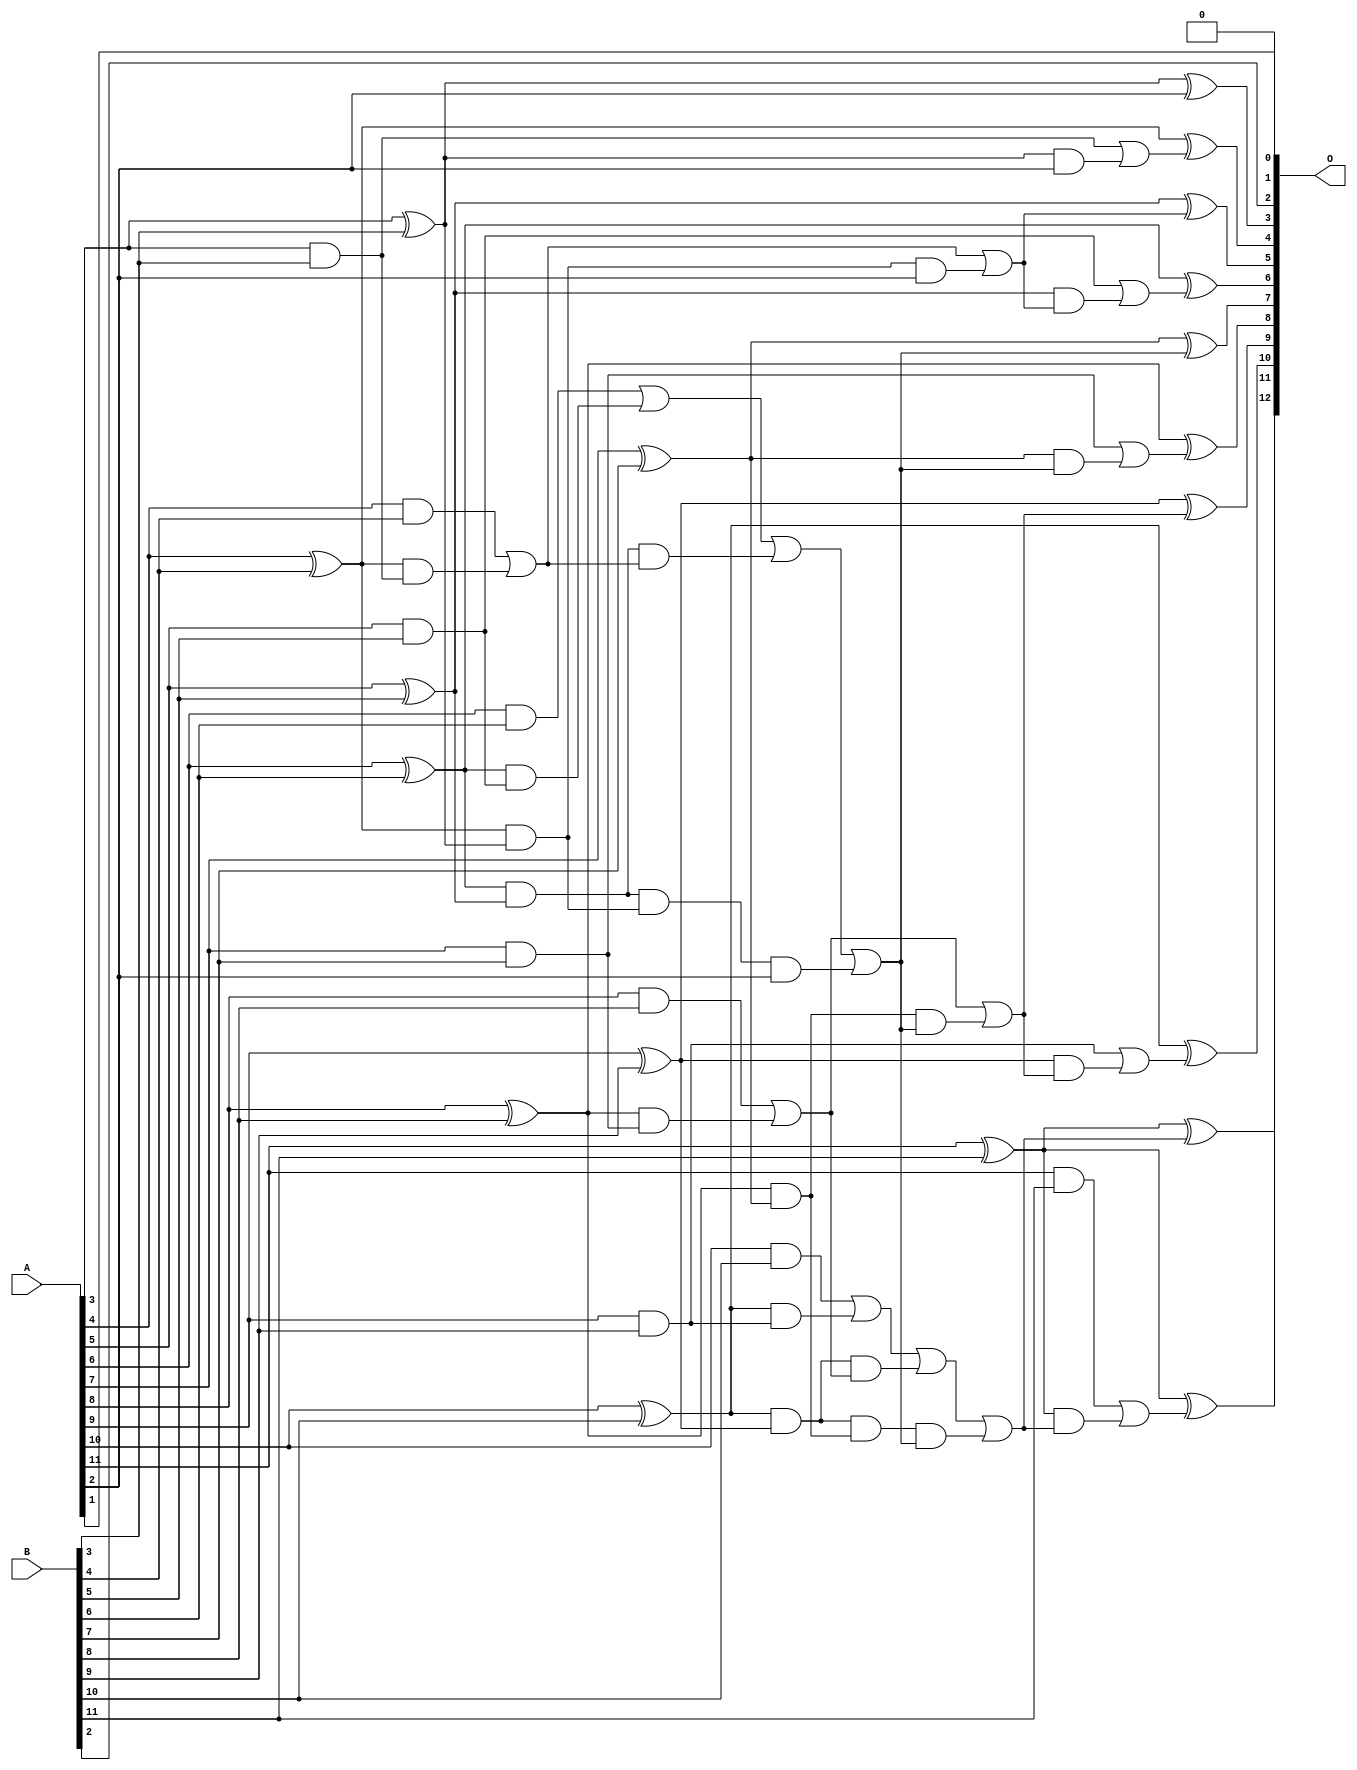
/***
* This code is a part of EvoApproxLib library (ehw.fit.vutbr.cz/approxlib) distributed under The MIT License.
* When used, please cite the following article(s): V. Mrazek, L. Sekanina, Z. Vasicek "Libraries of Approximate Circuits: Automated Design and Application in CNN Accelerators" IEEE Journal on Emerging and Selected Topics in Circuits and Systems, Vol 10, No 4, 2020 
* This file contains a circuit from a sub-set of pareto optimal circuits with respect to the pwr and wce parameters
***/
// MAE% = 0.049 %
// MAE = 2.0 
// WCE% = 0.098 %
// WCE = 4.0 
// WCRE% = 300.00 %
// EP% = 87.50 %
// MRE% = 0.77 %
// MSE = 5.5 
// PDK45_PWR = 0.043 mW
// PDK45_AREA = 84.5 um2
// PDK45_DELAY = 0.76 ns

module add12se_59E (
    A,
    B,
    O
);

input [11:0] A;
input [11:0] B;
output [12:0] O;

wire sig_30,sig_31,sig_32,sig_33,sig_34,sig_35,sig_36,sig_37,sig_38,sig_39,sig_40,sig_41,sig_42,sig_43,sig_44,sig_45,sig_46,sig_47,sig_48,sig_52;
wire sig_53,sig_54,sig_55,sig_56,sig_57,sig_58,sig_59,sig_60,sig_61,sig_62,sig_63,sig_66,sig_67,sig_68,sig_69,sig_70,sig_71,sig_72,sig_73,sig_74;
wire sig_75,sig_76,sig_77,sig_78,sig_79,sig_82,sig_83,sig_84,sig_85,sig_86,sig_87,sig_88,sig_89,sig_90,sig_91,sig_94,sig_95,sig_96,sig_97,sig_98;
wire sig_99,sig_100,sig_101,sig_102,sig_103;

assign sig_30 = A[3] & B[3];
assign sig_31 = A[3] ^ B[3];
assign sig_32 = A[4] & B[4];
assign sig_33 = A[4] ^ B[4];
assign sig_34 = A[5] & B[5];
assign sig_35 = A[5] ^ B[5];
assign sig_36 = A[6] & B[6];
assign sig_37 = A[6] ^ B[6];
assign sig_38 = A[7] & B[7];
assign sig_39 = A[7] ^ B[7];
assign sig_40 = A[8] & B[8];
assign sig_41 = A[8] ^ B[8];
assign sig_42 = A[9] & B[9];
assign sig_43 = A[9] ^ B[9];
assign sig_44 = A[10] & B[10];
assign sig_45 = A[10] ^ B[10];
assign sig_46 = A[11] & B[11];
assign sig_47 = A[11] ^ B[11];
assign sig_48 = A[11] ^ B[11];
assign sig_52 = sig_33 & sig_30;
assign sig_53 = sig_33 & sig_31;
assign sig_54 = sig_32 | sig_52;
assign sig_55 = sig_37 & sig_34;
assign sig_56 = sig_37 & sig_35;
assign sig_57 = sig_36 | sig_55;
assign sig_58 = sig_41 & sig_38;
assign sig_59 = sig_41 & sig_39;
assign sig_60 = sig_40 | sig_58;
assign sig_61 = sig_45 & sig_42;
assign sig_62 = sig_45 & sig_43;
assign sig_63 = sig_44 | sig_61;
assign sig_66 = sig_56 & sig_54;
assign sig_67 = sig_56 & sig_53;
assign sig_68 = sig_57 | sig_66;
assign sig_69 = sig_62 & sig_60;
assign sig_70 = sig_62 & sig_59;
assign sig_71 = sig_63 | sig_69;
assign sig_72 = sig_67 & A[2];
assign sig_73 = sig_68 | sig_72;
assign sig_74 = sig_70 & sig_73;
assign sig_75 = sig_71 | sig_74;
assign sig_76 = sig_53 & A[2];
assign sig_77 = sig_54 | sig_76;
assign sig_78 = sig_59 & sig_73;
assign sig_79 = sig_60 | sig_78;
assign sig_82 = sig_31 & A[2];
assign sig_83 = sig_30 | sig_82;
assign sig_84 = sig_35 & sig_77;
assign sig_85 = sig_34 | sig_84;
assign sig_86 = sig_39 & sig_73;
assign sig_87 = sig_38 | sig_86;
assign sig_88 = sig_43 & sig_79;
assign sig_89 = sig_42 | sig_88;
assign sig_90 = sig_47 & sig_75;
assign sig_91 = sig_46 | sig_90;
assign sig_94 = sig_31 ^ A[2];
assign sig_95 = sig_33 ^ sig_83;
assign sig_96 = sig_35 ^ sig_77;
assign sig_97 = sig_37 ^ sig_85;
assign sig_98 = sig_39 ^ sig_73;
assign sig_99 = sig_41 ^ sig_87;
assign sig_100 = sig_43 ^ sig_79;
assign sig_101 = sig_45 ^ sig_89;
assign sig_102 = sig_47 ^ sig_75;
assign sig_103 = sig_48 ^ sig_91;

assign O[12] = sig_103;
assign O[11] = sig_102;
assign O[10] = sig_101;
assign O[9] = sig_100;
assign O[8] = sig_99;
assign O[7] = sig_98;
assign O[6] = sig_97;
assign O[5] = sig_96;
assign O[4] = sig_95;
assign O[3] = sig_94;
assign O[2] = B[2];
assign O[1] = A[1];
assign O[0] = 1'b0;

endmodule